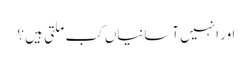
اور انہیں آسانیاں کب ملتی ہیں ؟